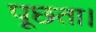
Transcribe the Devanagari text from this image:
पूछता।